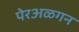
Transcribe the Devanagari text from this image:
पेरअळगन